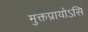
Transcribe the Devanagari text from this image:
मुक्तप्रायोऽसि